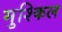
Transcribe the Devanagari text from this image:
मुश्‍किल